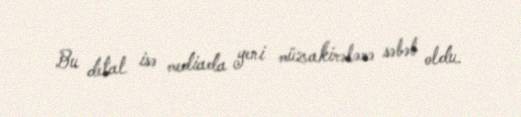
Bu detal isə mediada yeni müzakirələrə səbəb oldu.